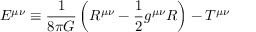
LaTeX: E ^ { \mu \nu } \equiv \frac { 1 } { 8 \pi G } \left( R ^ { \mu \nu } - \frac { 1 } { 2 } g ^ { \mu \nu } R \right) - T ^ { \mu \nu }